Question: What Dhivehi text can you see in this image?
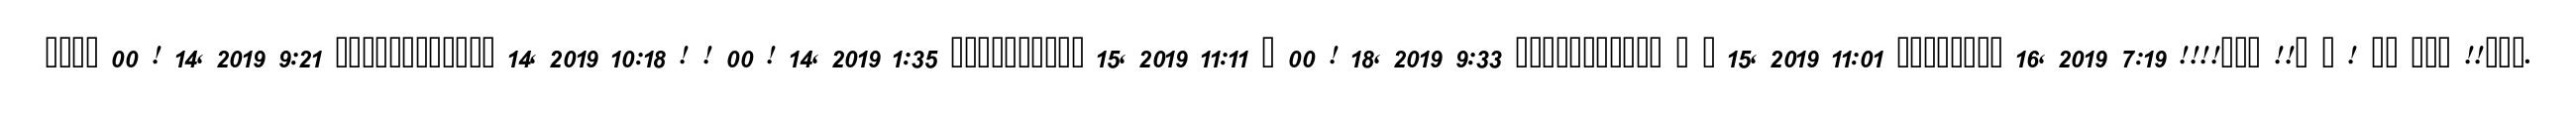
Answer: ???? 00 ! 14, 2019 9:21 ???????????? 14, 2019 10:18 ! ! 00 ! 14, 2019 1:35 ?????????? 15, 2019 11:11 ? 00 ! 18, 2019 9:33 ??????????? ? ? 15, 2019 11:01 ???????? 16, 2019 7:19 !!!!??? !!? ? ! ?? ??? !!???.